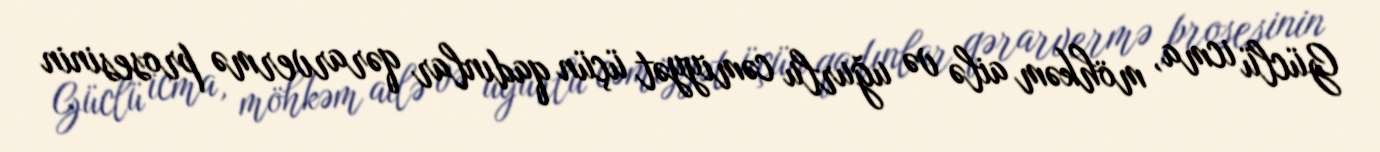
Güclü icma, möhkəm ailə və uğurlu cəmiyyət üçün qadınlar qərarvermə prosesinin